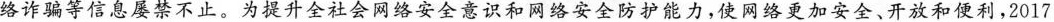
络诈骗等信息屡禁不止。为提升全社会网络安全意识和网络安全防护能力，使网络更加安全、开放和便利，2017